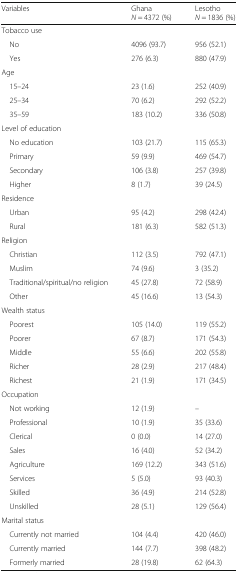
<table><thead><tr><td><b>Variables</b></td><td><b>Ghana<i>N</i> = 4372 (%)</b></td><td><b>Lesotho<i>N</i> = 1836 (%)</b></td></tr></thead><tbody><tr><td colspan="3">Tobacco use</td></tr><tr><td> No</td><td>4096 (93.7)</td><td>956 (52.1)</td></tr><tr><td> Yes</td><td>276 (6.3)</td><td>880 (47.9)</td></tr><tr><td colspan="3">Age</td></tr><tr><td> 15–24</td><td>23 (1.6)</td><td>252 (40.9)</td></tr><tr><td> 25–34</td><td>70 (6.2)</td><td>292 (52.2)</td></tr><tr><td> 35–59</td><td>183 (10.2)</td><td>336 (50.8)</td></tr><tr><td colspan="3">Level of education</td></tr><tr><td> No education</td><td>103 (21.7)</td><td>115 (65.3)</td></tr><tr><td> Primary</td><td>59 (9.9)</td><td>469 (54.7)</td></tr><tr><td> Secondary</td><td>106 (3.8)</td><td>257 (39.8)</td></tr><tr><td> Higher</td><td>8 (1.7)</td><td>39 (24.5)</td></tr><tr><td colspan="3">Residence</td></tr><tr><td> Urban</td><td>95 (4.2)</td><td>298 (42.4)</td></tr><tr><td> Rural</td><td>181 (6.3)</td><td>582 (51.3)</td></tr><tr><td colspan="3">Religion</td></tr><tr><td> Christian</td><td>112 (3.5)</td><td>792 (47.1)</td></tr><tr><td> Muslim</td><td>74 (9.6)</td><td>3 (35.2)</td></tr><tr><td> Traditional/spiritual/no religion</td><td>45 (27.8)</td><td>72 (58.9)</td></tr><tr><td> Other</td><td>45 (16.6)</td><td>13 (54.3)</td></tr><tr><td colspan="3">Wealth status</td></tr><tr><td> Poorest</td><td>105 (14.0)</td><td>119 (55.2)</td></tr><tr><td> Poorer</td><td>67 (8.7)</td><td>171 (54.3)</td></tr><tr><td> Middle</td><td>55 (6.6)</td><td>202 (55.8)</td></tr><tr><td> Richer</td><td>28 (2.9)</td><td>217 (48.4)</td></tr><tr><td> Richest</td><td>21 (1.9)</td><td>171 (34.5)</td></tr><tr><td colspan="3">Occupation</td></tr><tr><td> Not working</td><td>12 (1.9)</td><td>–</td></tr><tr><td> Professional</td><td>10 (1.9)</td><td>35 (33.6)</td></tr><tr><td> Clerical</td><td>0 (0.0)</td><td>14 (27.0)</td></tr><tr><td> Sales</td><td>16 (4.0)</td><td>52 (34.2)</td></tr><tr><td> Agriculture</td><td>169 (12.2)</td><td>343 (51.6)</td></tr><tr><td> Services</td><td>5 (5.0)</td><td>93 (40.3)</td></tr><tr><td> Skilled</td><td>36 (4.9)</td><td>214 (52.8)</td></tr><tr><td> Unskilled</td><td>28 (5.1)</td><td>129 (56.4)</td></tr><tr><td colspan="3">Marital status</td></tr><tr><td> Currently not married</td><td>104 (4.4)</td><td>420 (46.0)</td></tr><tr><td> Currently married</td><td>144 (7.7)</td><td>398 (48.2)</td></tr><tr><td> Formerly married</td><td>28 (19.8)</td><td>62 (64.3)</td></tr></tbody></table>